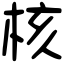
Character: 核